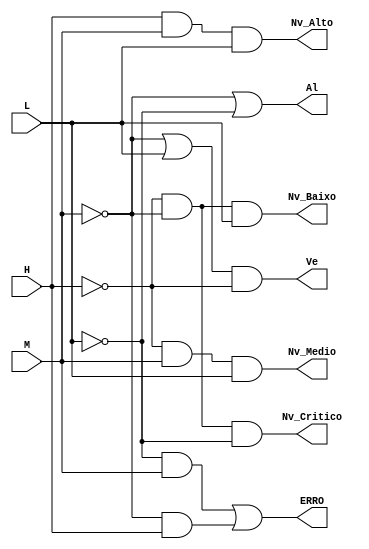
// Declaracao do modulo
module NivelErro (H, M, L, Ve, Al, ERRO, Nv_Critico, Nv_Baixo, Nv_Medio, Nv_Alto);

	// Declaracao de portas
	input H, M, L;
	output Ve, Al, ERRO;
	output Nv_Critico, Nv_Baixo, Nv_Medio, Nv_Alto;
	
	// Declaracao dos fios intermediarios
	wire Wire_nh, Wire_nm, Wire_nl, wire_nE1, wire_nE2, Wire_V;
	
	// Funcionamento do circuito
	
	//Nivel Critico
	and N_cri (Nv_Critico, Wire_nh, Wire_nm, Wire_nl);
	
	//Nivel Baixo
	and N_bai (Nv_Baixo, Wire_nh, Wire_nm, L);
	
	//Nivel Medio
	and N_med (Nv_Medio, Wire_nh, M, L);
	
	//Nivel Alto
	and N_alt (Nv_Alto, H, M, L);
	
	// Fios com negaes das entradas
	not Not_H1 (Wire_nh, H);
	not Not_M1 (Wire_nm, M);
	not Not_L1 (Wire_nl, L);
	
	// Tratamento de Erro
	and err1 (wire_nE1, Wire_nl, M);
	and err2 (wire_nE2, Wire_nm, H);
	or err3 (ERRO, wire_nE1, wire_nE2);
	
	// Tratamento da Abertura da entrada da Caixa d'gua
	or ve1 (Wire_V, Wire_nm, L);
	and ve2 (Ve, Wire_V, Wire_nh);
	
	// Tratamento do Alarme
	or al (Al, Wire_nm, Wire_nl);
	
endmodule